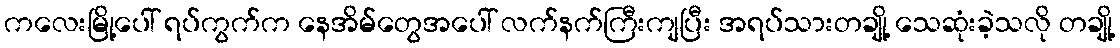
ကလေးမြို့ပေါ် ရပ်ကွက်က နေအိမ်တွေအပေါ် လက်နက်ကြီးကျပြီး အရပ်သားတချို့ သေဆုံးခဲ့သလို တချို့